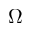
\Omega